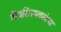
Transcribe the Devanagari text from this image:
चित्रशिल्पकलेचा